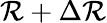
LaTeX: \mathcal{R}+\Delta\mathcal{R}